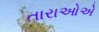
તારાઓએ